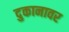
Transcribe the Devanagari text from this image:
दुकानावर